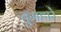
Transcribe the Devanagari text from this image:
तुमहारे